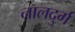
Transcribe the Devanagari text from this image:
नालदुर्ग